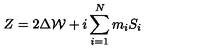
Z = 2 \Delta { \cal W } + i \sum _ { i = 1 } ^ { N } m _ { i } S _ { i }